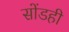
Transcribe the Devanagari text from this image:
सोंडही